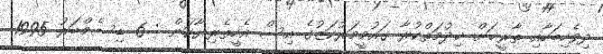
ދިވެހިބަހާއި ތާރީޚަށް ޚިދުމަތްކުރާ ގައުމީމަރުކަޒުގެ އިސް އެހީތެރިޔާކަން : 6 ޑިސެމްބަރު 1995